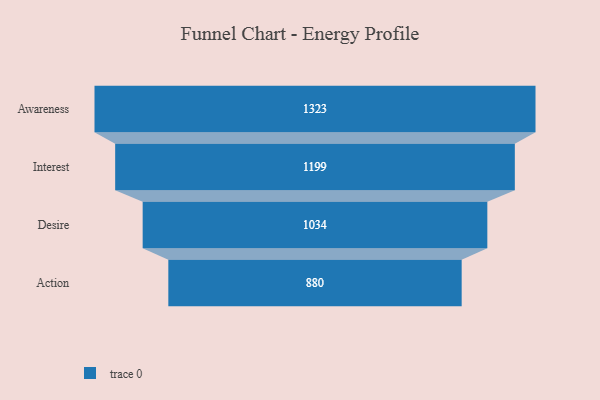
{"axis": {"x": "Stage", "y": "Value"}, "legend": [""], "data": [{"x": "Awareness", "y": 1323.0, "type": ""}, {"x": "Interest", "y": 1199.0, "type": ""}, {"x": "Desire", "y": 1034.0, "type": ""}, {"x": "Action", "y": 880.0, "type": ""}]}